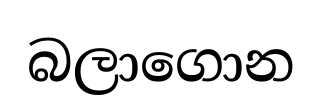
බලාගොන